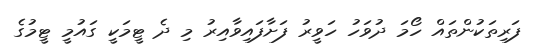
ފަރިތަކުންތައް ހޯމަ ދުވަހު ހަވީރު ފަށާފައިވާއިރު މި ދެ ޓީމަކީ ގައުމީ ޓީމުގެ